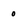
Character: o